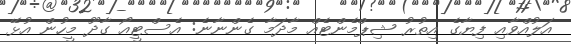
އަލުއްވާއި ފިޔާގެ އިތުރު ޝިޕްމެންޓެއް މާދަމާ ގެންނާނެ: އެސްޓީއޯ ގާދޫ މީހުން އުޅޭ